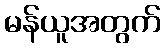
မန်ယူအတွက်